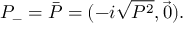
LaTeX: P _ { - } = \bar { P } = ( - i \sqrt { P ^ { 2 } } , \vec { 0 } ) .